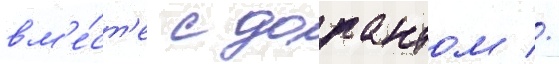
вм'е́ст'е с дорантом //